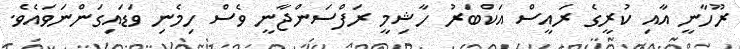
ރޫހާނީ އާއި ކުރީގެ ރައީސް އަކްބަރު ހާޝިމީ ރަފްސަންޖާނީ ވެސް ހިމެނި ވަޑައިގަންނަވައެވެ.